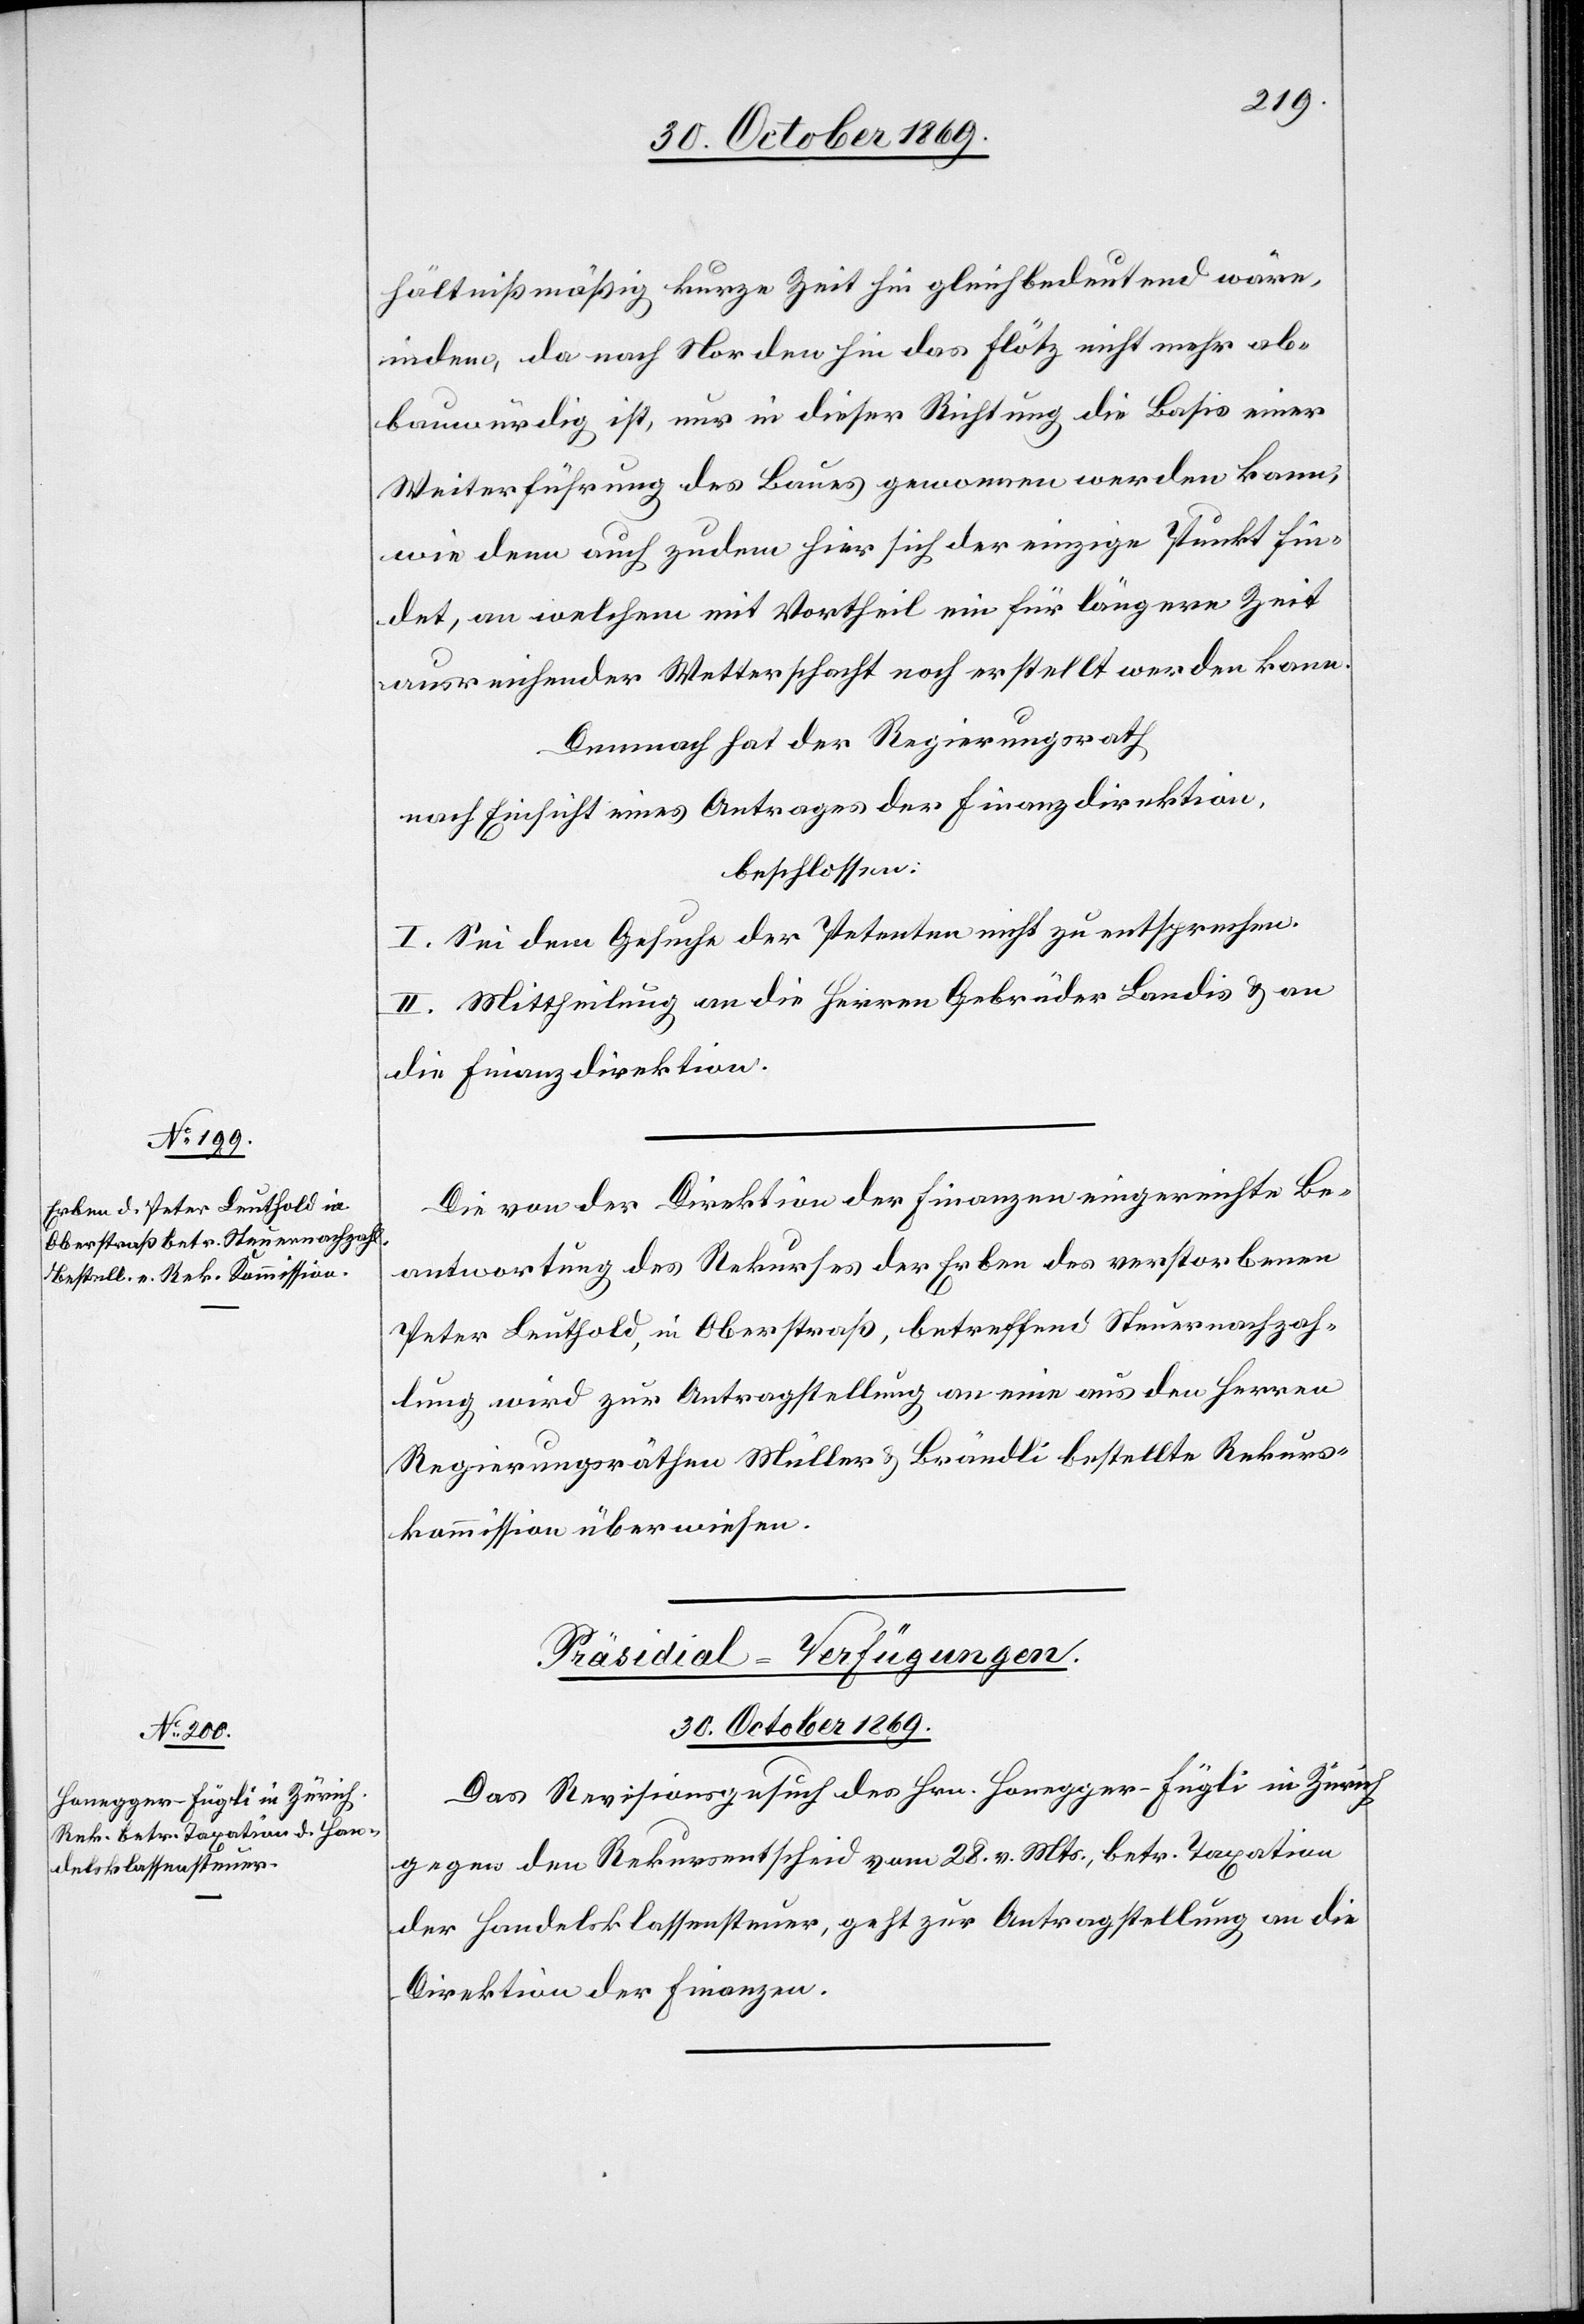
Die von der Direktion der Finanzen eingereichte Be¬
antwortung des Rekurses der Erben des verstorbenen
Peter Leuthold, in Oberstraß, betreffend Steuernachzah¬
lung wird zur Antragstellung an eine aus den Herren
Regierungsräthen Müller & Brändli bestellte Rekurs¬
kommission überwiesen.
Präsidial-Verfügungen.
30. October 1869.
Das Revisionsgesuch des Hrn. Honegger-Fügli in Zürich
gegen den Rekursentscheid vom 28. v. Mts., betr. Taxation
der Handelsklassensteuer, geht zur Antragstellung an die
Direktion der Finanzen.